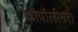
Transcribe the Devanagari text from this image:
कोपॉलीमर।